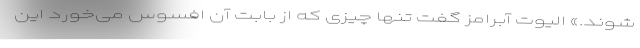
شوند.» الیوت آبرامز گفت تنها چیزی که از بابت آن افسوس می‌خورد این